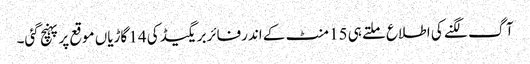
آگ لگنے کی اطلاع ملتے ہی 15 منٹ کے اندرفائربریگیڈ کی 14 گاڑیاں موقع پرپہنچ گئی۔